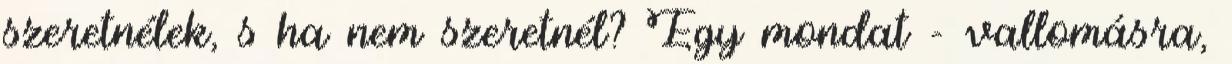
szeretnélek, s ha nem szeretnél? Egy mondat - vallomásra,